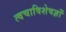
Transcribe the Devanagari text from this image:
त्वचाविशेषज्ञों